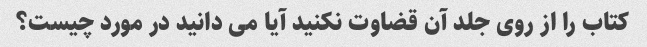
کتاب را از روی جلد آن قضاوت نکنید آیا می دانید در مورد چیست؟